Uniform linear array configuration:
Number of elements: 4
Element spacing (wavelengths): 1
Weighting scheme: exponential
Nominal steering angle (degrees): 60
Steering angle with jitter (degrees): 60.439
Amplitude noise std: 0.05
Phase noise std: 0.05

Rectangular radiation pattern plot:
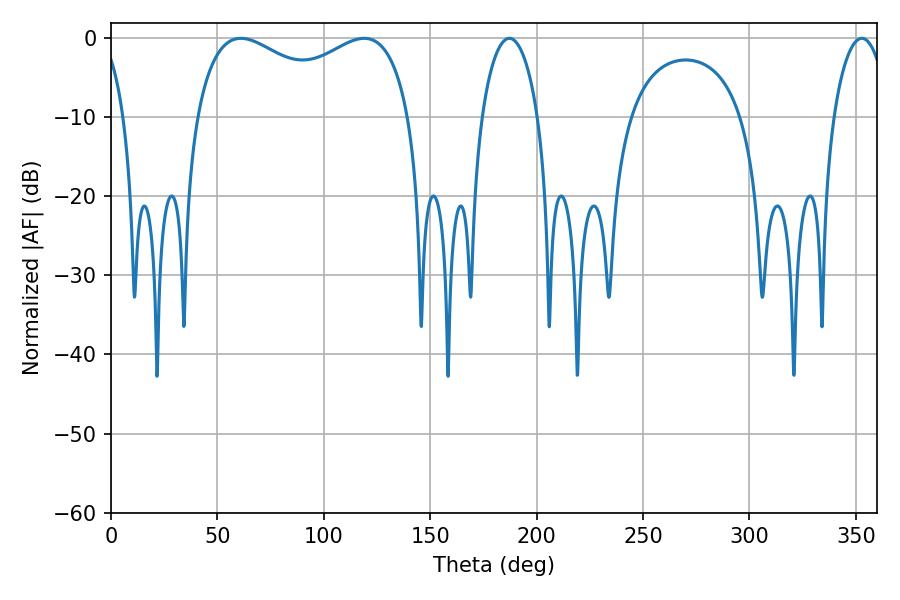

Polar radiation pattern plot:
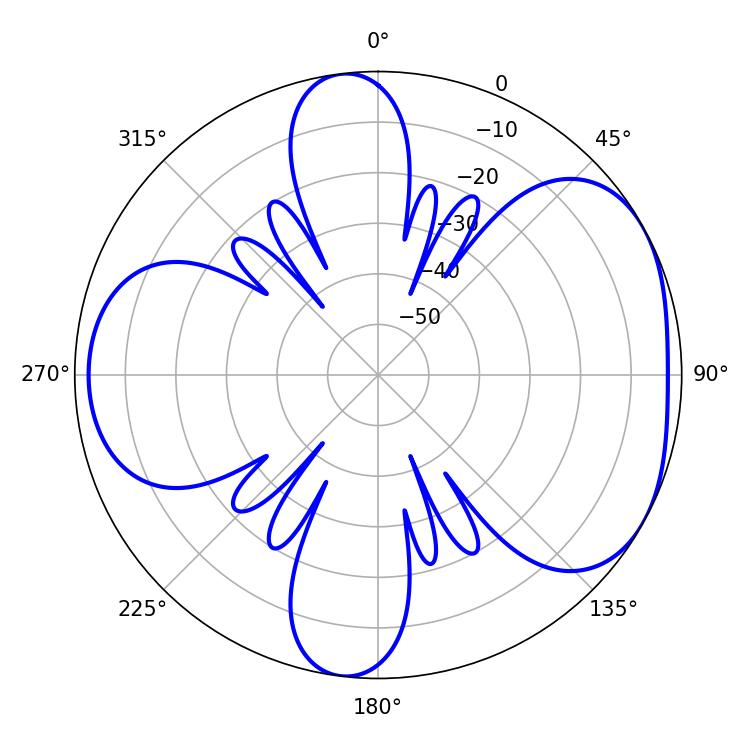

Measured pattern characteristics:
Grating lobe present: TRUE
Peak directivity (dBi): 4.749
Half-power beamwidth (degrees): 83.52
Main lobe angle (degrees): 61.02